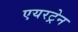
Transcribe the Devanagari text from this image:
एयरट्रेन